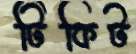
টিকিট